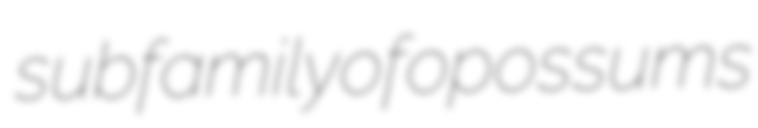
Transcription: subfamily of opossums